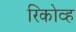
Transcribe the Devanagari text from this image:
रिकोव्ह